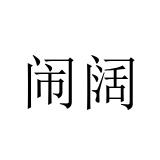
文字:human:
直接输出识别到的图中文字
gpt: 闹阔